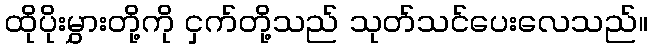
ထိုပိုးမွှားတို့ကို ငှက်တို့သည် သုတ်သင်ပေးလေသည်။